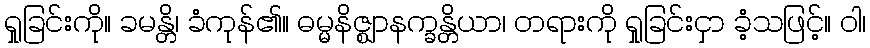
ရှုခြင်းကို။ ခမန္တိ၊ ခံကုန်၏။ ဓမ္မနိဇ္ဈာနက္ခန္တိယာ၊ တရားကို ရှုခြင်းငှာ ခံ့သဖြင့်။ ဝါ၊